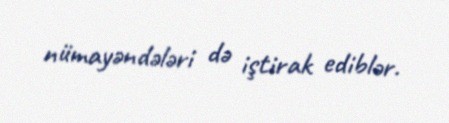
nümayəndələri də iştirak ediblər.